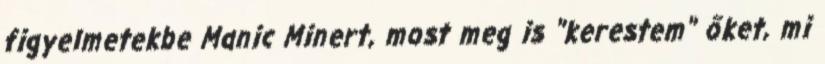
figyelmetekbe Manic Minert, most meg is "kerestem" őket, mi